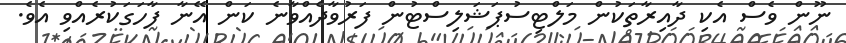
ނޫން ވެސް އެކި ދާއިރާތަކުން މަލްޓިސުޕަޝަލިސްޓުން ފަރުވާދެއްވާނެ ކަން އޭނާ ފާހަގަކުރެއްވި އެވެ.